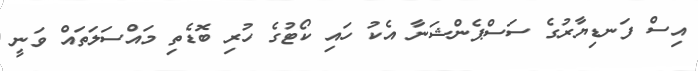
އިސް ފަނޑިޔާރުގެ ސަސްޕެންޝަނާ އެކު ހައި ކޯޓުގެ ހުރި ބޮޑެތި މައްސަލަތައް ވަނީ